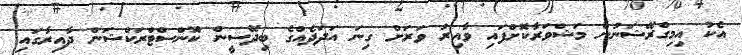
އެކު އިމިގްރޭޝަނުން މަޝްވަރާކޮށްފައި ވާއިރު ވަރަށް ގިނަ އަދަދެއްގެ ބިދޭސީން ކޮންސްޓްރަކްޝަން ދާއިރާގައި